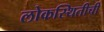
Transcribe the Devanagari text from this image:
लोकस्थितीची